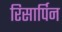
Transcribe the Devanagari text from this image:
रिसार्पिन